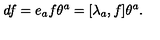
d f = e _ { a } f \theta ^ { a } = [ \lambda _ { a } , f ] \theta ^ { a } .